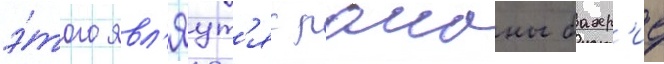
э́того явл'яут'яс раионы бахр'ие